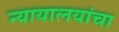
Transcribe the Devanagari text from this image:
न्यायालयांचा